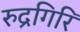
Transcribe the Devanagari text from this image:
रुद्रगिरि